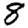
Digit: 8